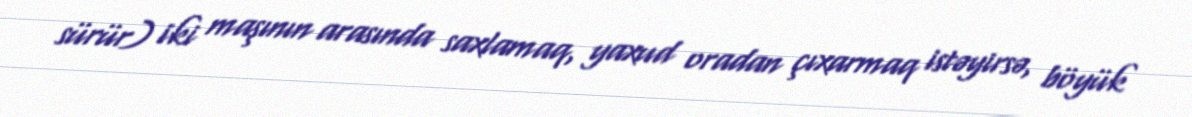
sürür) iki maşının arasında saxlamaq, yaxud oradan çıxarmaq istəyirsə, böyük